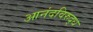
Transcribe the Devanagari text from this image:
आनंदविरुद्ध